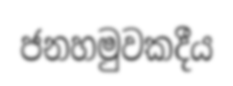
ජනහමුවකදීය